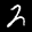
Label: 2